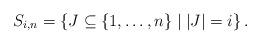
LaTeX: \begin{align*} S_{i,n} = \left\{J \subseteq \{1,\ldots,n\} \mid |J| = i \right\}.\end{align*}